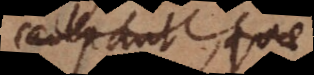
culpant quae